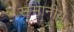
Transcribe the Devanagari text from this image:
स्म्मानीय